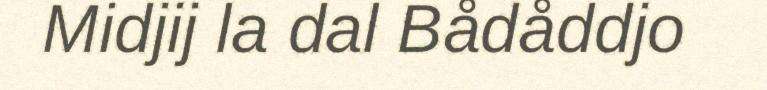
Midjij la dal Bådåddjo